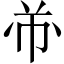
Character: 𱜣